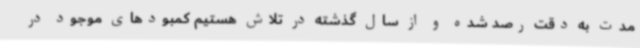
مدت به دقت رصد شده و از سال گذشته در تلاش هستیم کمبودهای موجود در